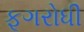
ફૂગરોધી